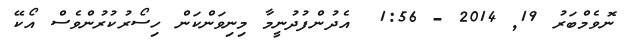
ނޮވެމްބަރު 19